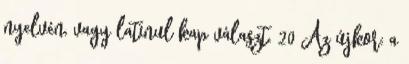
nyelvén, vagy latinul kap választ. 20 Az újkor: a